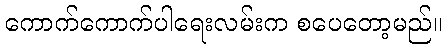
ကောက်ကောက်ပါရေးလမ်းက စပေတော့မည်။